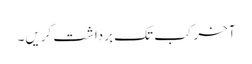
آخر کب تک برداشت کریں۔